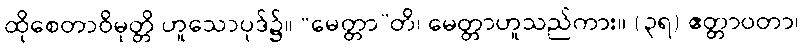
ထိုစေတာဝိမုတ္တိ ဟူသောပုဒ်၌။ “မေတ္တာ”တိ၊ မေတ္တာဟူသည်ကား။ (၃ရ) ဧတ္တာဝတာ၊